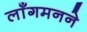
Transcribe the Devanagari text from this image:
लाँगमनने